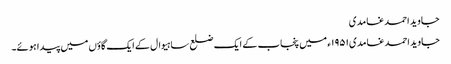
جاوید احمد غامدی
جاوید احمد غامدی۱۹۵۱ء میں پنجاب کے ایک ضلع ساہیوال کے ایک گاؤں میں پیدا ہوئے۔